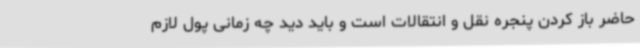
حاضر باز کردن پنجره‌ نقل و انتقالات است و باید دید چه زمانی پول لازم